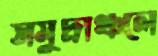
সমুদ্রাঞ্চলে